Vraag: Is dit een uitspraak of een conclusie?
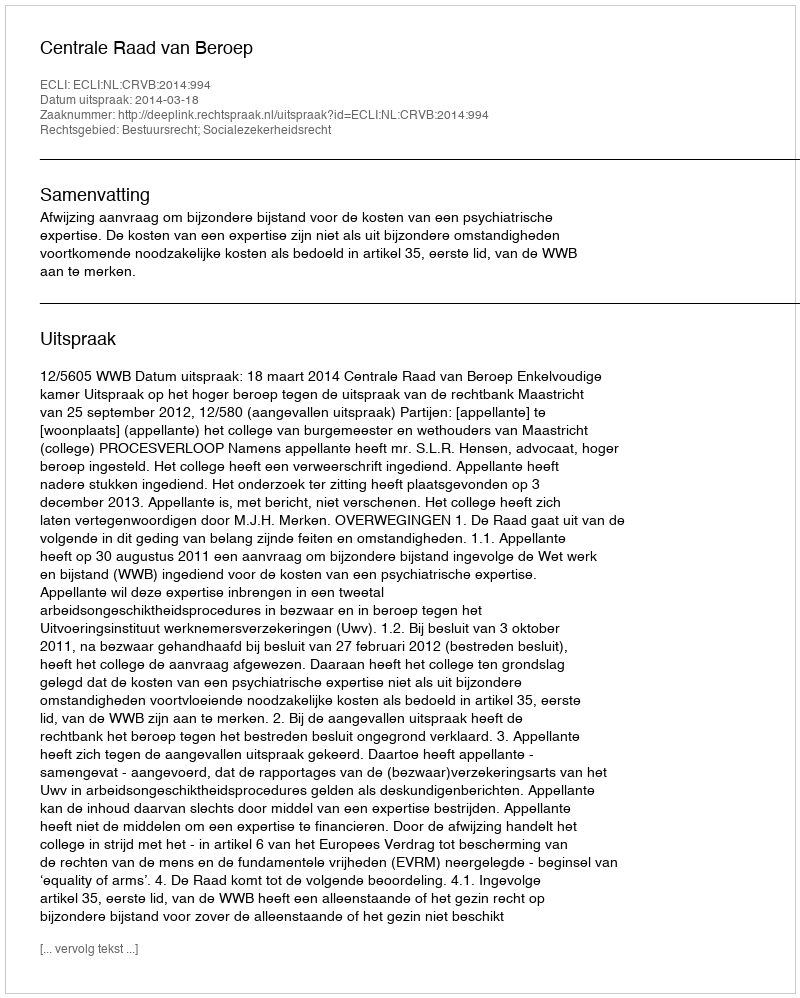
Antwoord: Uitspraak